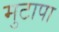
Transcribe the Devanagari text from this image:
मुटापा